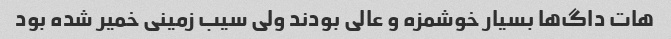
هات داگ‌ها بسیار خوشمزه و عالی بودند ولی سیب زمینی خمیر شده بود